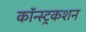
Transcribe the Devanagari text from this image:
कॉन्स्ट्रकशन